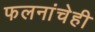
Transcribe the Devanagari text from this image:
फलनांचेही